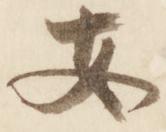
安